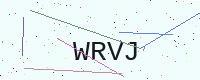
Text: WRVJ